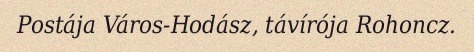
Postája Város-Hodász, távírója Rohoncz.